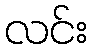
လင်း